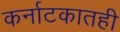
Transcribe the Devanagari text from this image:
कर्नाटकातही